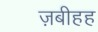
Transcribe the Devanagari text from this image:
ज़बीहह